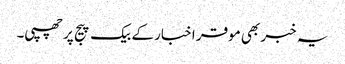
یہ خبر بھی موقر اخبار کے بیک پیج پر چھپی۔